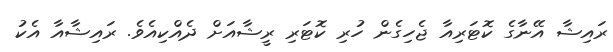
ރައިޝާ އޭނާގެ ކޮޓަރިއާ ޖެހިގެން ހުރި ކޮޓަރި ރީޝާއަށް ދެއްކިއެވެ. ރައިޝާއާ އެކު